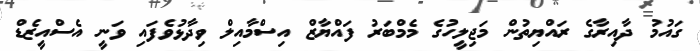
ގައުމު ދާއިރާގެ ރައްޔިތުން މަޖިލީހުގެ މެމްބަރު ފައްޔާޒް އިސްމާއިލް ވިދާޅުވެފައި ވަނީ އެސްއީޒެޑް